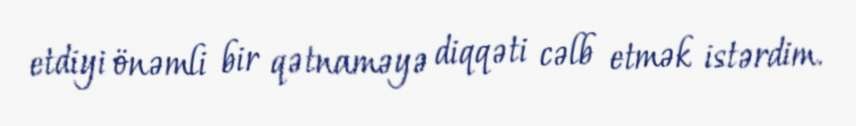
etdiyi önəmli bir qətnaməyə diqqəti cəlb etmək istərdim.